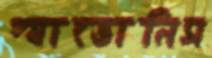
প্যাভোনিস